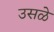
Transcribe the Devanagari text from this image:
उसळे